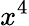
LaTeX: x^{4}